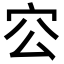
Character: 㝐